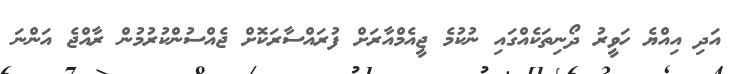
އަދި އިއްޔެ ހަވީރު ދޯނިތަކެއްގައި ނުކުމެ ޖީއެމްއާރަށް ފުރައްސާރަކޮށް ޖެއްސުންކުރުމުން ރާއްޖެ އަންނަ